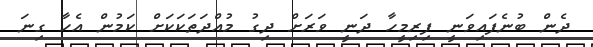
ދެން ބުނެފައިވަނީ ފިރިމީހާ ދަނީ ވަރަށް ދިގު މުއްދަތަކަކަށް ކަމުން އެހާ ގިނަ